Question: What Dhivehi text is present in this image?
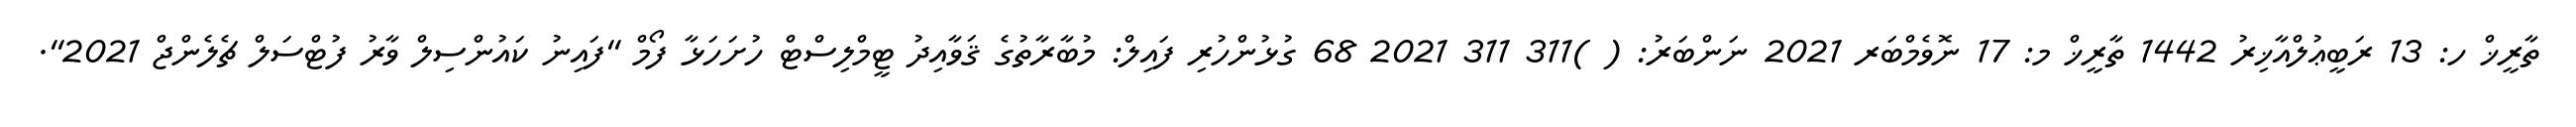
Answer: ތާރީޚް ހ: 13 ރަބީޢުލްއާޚިރު 1442 ތާރީޚް މ: 17 ނޮވެމްބަރ 2021 ނަންބަރު: ( )311 311 2021 68 ގުޅުންހުރި ފައިލް: މުބާރާތުގެ ޤަވާއިދު ޓީމްލިސްޓް ހުށަހަޅާ ފޯމް "ފައިނު ކައުންސިލް ވާރު ފުޓްސަލް ޗެލެންޖް 2021".